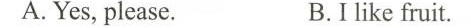
A. Yes, please. B.Ilike fruit.